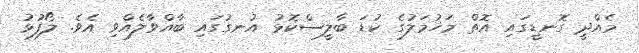
މެއްދީ ގޮނޑީގައި އޮތް މަޚުމަލުގެ ކުޑަ ބާލީސްކޮޅު އުނގުގައި ބާއްވާލެއްވި އެވެ. ލޯފުޅު